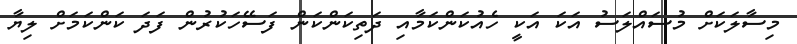
މިސާލަކަށް މުސައްލަސު އަކަ އަކީ ހެއުކަންކަމާއި ދަތިކަންކަން ފަސޭހަކުރުން ފަދަ ކަންކަމަށް ލިޔާ